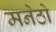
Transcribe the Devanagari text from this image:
मनेठो